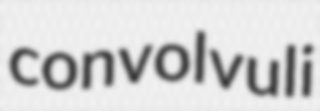
convolvuli